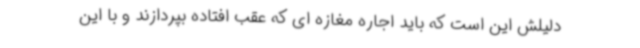
دلیلش این است که باید اجاره مغازه ای که عقب افتاده بپردازند و با این